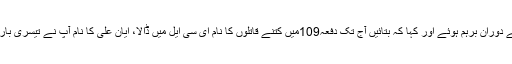
چیف جسٹس سماعت کے دوران برہم ہوئے اور کہا کہ بتائیں آج تک دفعہ109میں کتنے قاتلوں کا نام ای سی ایل میں ڈالا، ایان علی کا نام آپ نے تیسری بارای سی ایل میں ڈالا ہے۔